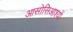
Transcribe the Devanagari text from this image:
आसोसिआश्यों